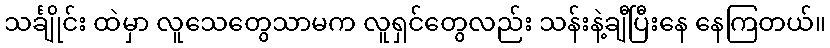
သင်္ချိုင်း ထဲမှာ လူသေတွေသာမက လူရှင်တွေလည်း သန်းနဲ့ချီပြီးနေ နေကြတယ်။